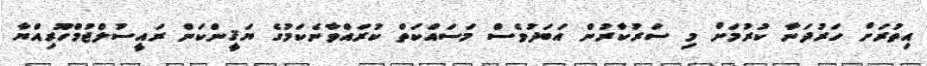
އިތުރަށް ހަރުދަނާ ކުރުމަށް މި ސަރުކާރުން އަބަދުވެސް މަސައްކަތް ކުރައްވާނެކަމުގެ ޔަޤީންކަން ރައީސުލްޖުމްހޫރިއްޔާ